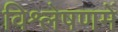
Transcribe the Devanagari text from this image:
विश्लेषणमें